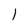
Character: l